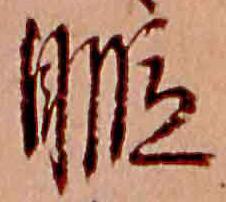
暇